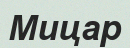
Мицар